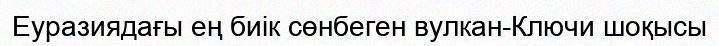
Еуразиядағы ең биік сөнбеген вулкан-Ключи шоқысы